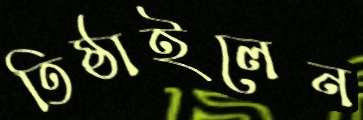
তিষ্ঠাইলেন